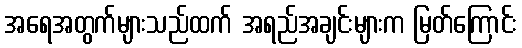
အရေအတွက်များသည်ထက် အရည်အချင်းများက မြတ်ကြောင်း